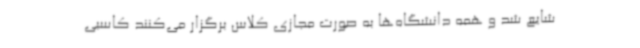
شایع شد و همه دانشگاه‌ها به‌ صورت مجازی کلاس برگزار می‌کنند کاسبی